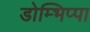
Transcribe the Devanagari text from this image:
डोम्भिप्पा